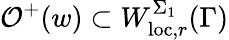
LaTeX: \mathcal{O}^{+}(w)\subset W_{\mathrm{loc},r}^{\Sigma_{1}}(\Gamma)